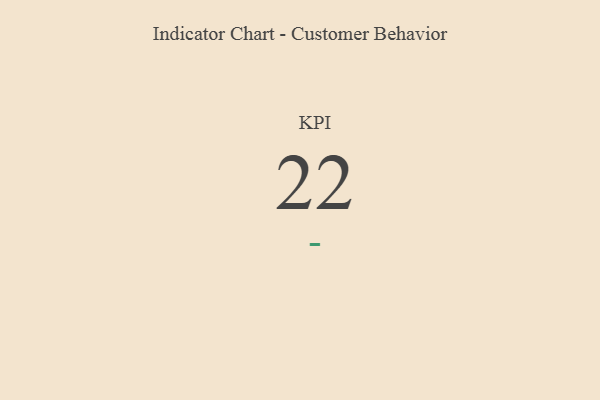
{"axis": {"x": "KPI", "y": "Value"}, "legend": [""], "data": [{"x": "KPI", "y": 22, "type": ""}]}